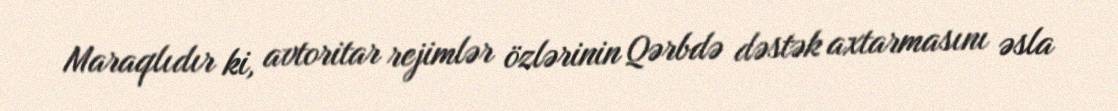
Maraqlıdır ki, avtoritar rejimlər özlərinin Qərbdə dəstək axtarmasını əsla